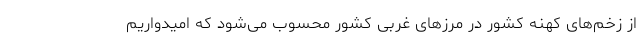
از زخم‌های کهنه کشور در مرز‌های غربی کشور محسوب می‌شود که امیدواریم